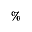
\%